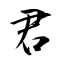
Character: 君